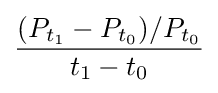
{\frac {(P_{t_{1}}-P_{t_{0}})/P_{t_{0}}}{t_{1}-t_{0}}}